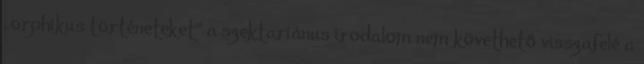
„orphikus történeteket” a szektariánus irodalom nem követhető visszafelé a